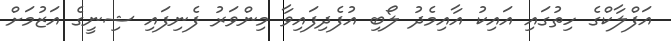
އަފްލާކްގެ ހިތުގައި އައިކު އާއިމެދު ލޯބި އުފެދިފައިވާ މިންވަރު ފެނިފައި ޝިނީގެ އަޒުމަށް